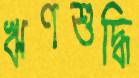
ঋণশুদ্ধি